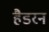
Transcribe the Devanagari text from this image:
हैडरन